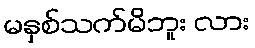
မနှစ်သက်မိဘူး လား